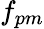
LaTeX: f_{pm}